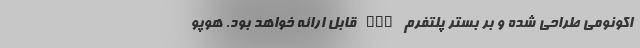
اکونومی طراحی شده و بر بستر پلتفرم LBS قابل ارائه خواهد بود. هوپو